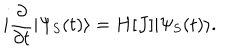
LaTeX: i \frac { \partial } { \partial t } | \Psi _ { \mathrm { S } } ( t ) \rangle = H [ J ] | \Psi _ { \mathrm { S } } ( t ) \rangle .